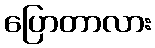
ပြောတာလား